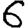
Digit: 6